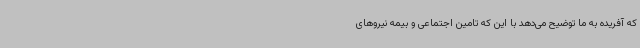
که آفریده به ما توضیح می‌دهد با این که تامین‌ اجتماعی و بیمه نیروهای